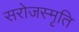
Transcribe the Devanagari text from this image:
सरोजस्मृति